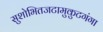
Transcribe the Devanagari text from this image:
सुशोभितजटामुकुटगंगा